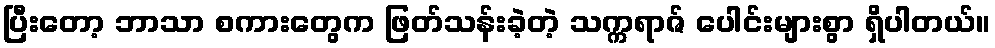
ပြီးတော့ ဘာသာ စကားတွေက ဖြတ်သန်းခဲ့တဲ့ သက္ကရာဇ် ပေါင်းများစွာ ရှိပါတယ်။